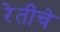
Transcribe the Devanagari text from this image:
रेतीचे